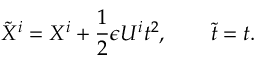
{ \tilde { X } ^ { i } } = X ^ { i } + \frac { 1 } { 2 } \epsilon U ^ { i } t ^ { 2 } , \qquad { \tilde { t } } = t .